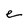
Character: e